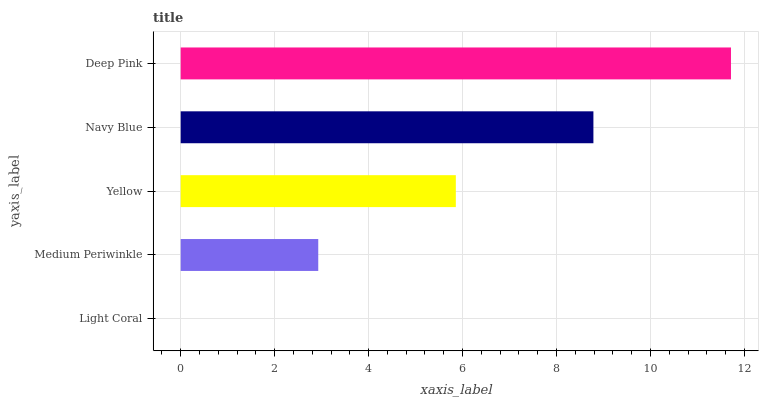
| yaxis_label | bars |
 | --- | --- |
 | Light Coral | 0 |
 | Medium Periwinkle | 2.93 |
 | Yellow | 5.86 |
 | Navy Blue | 8.79 |
 | Deep Pink | 11.7 |